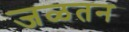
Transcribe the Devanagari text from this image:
जळतन